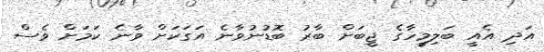
އަދި އެއީ ބަލިމީހާގެ ޖީބަށް ބާރު ބޮޑުނުވާނެ އަގަކަށް ވާނެ ކަމަށް ވެސް